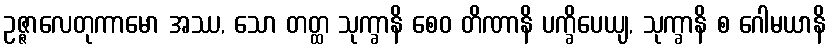
ဥဇ္ဇာလေတုကာမော အဿ, သော တတ္ထ သုက္ခာနိ စေဝ တိဏာနိ ပက္ခိပေယျ, သုက္ခာနိ စ ဂေါမယာနိ